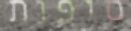
סופות